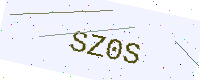
Text: SZ0S